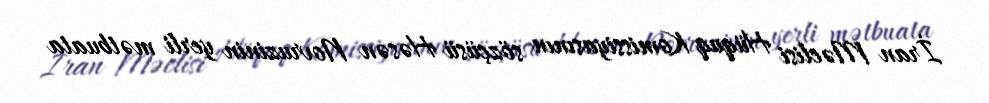
İran Məclisi Hüquq Komissiyasının sözçüsü Həsən Novruzinin yerli mətbuata